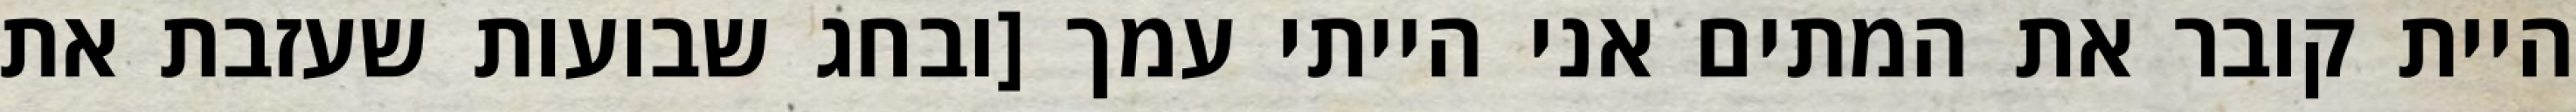
היית קובר את המתים אני הייתי עמך [ובחג שבועות שעזבת את